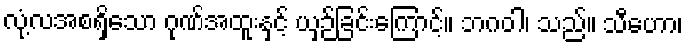
လုံ့လအစရှိသော ဂုဏ်အထူးနှင့် ယှဉ်ခြင်းကြောင့်။ ဘဂဝါ၊ သည်။ သီဟော၊